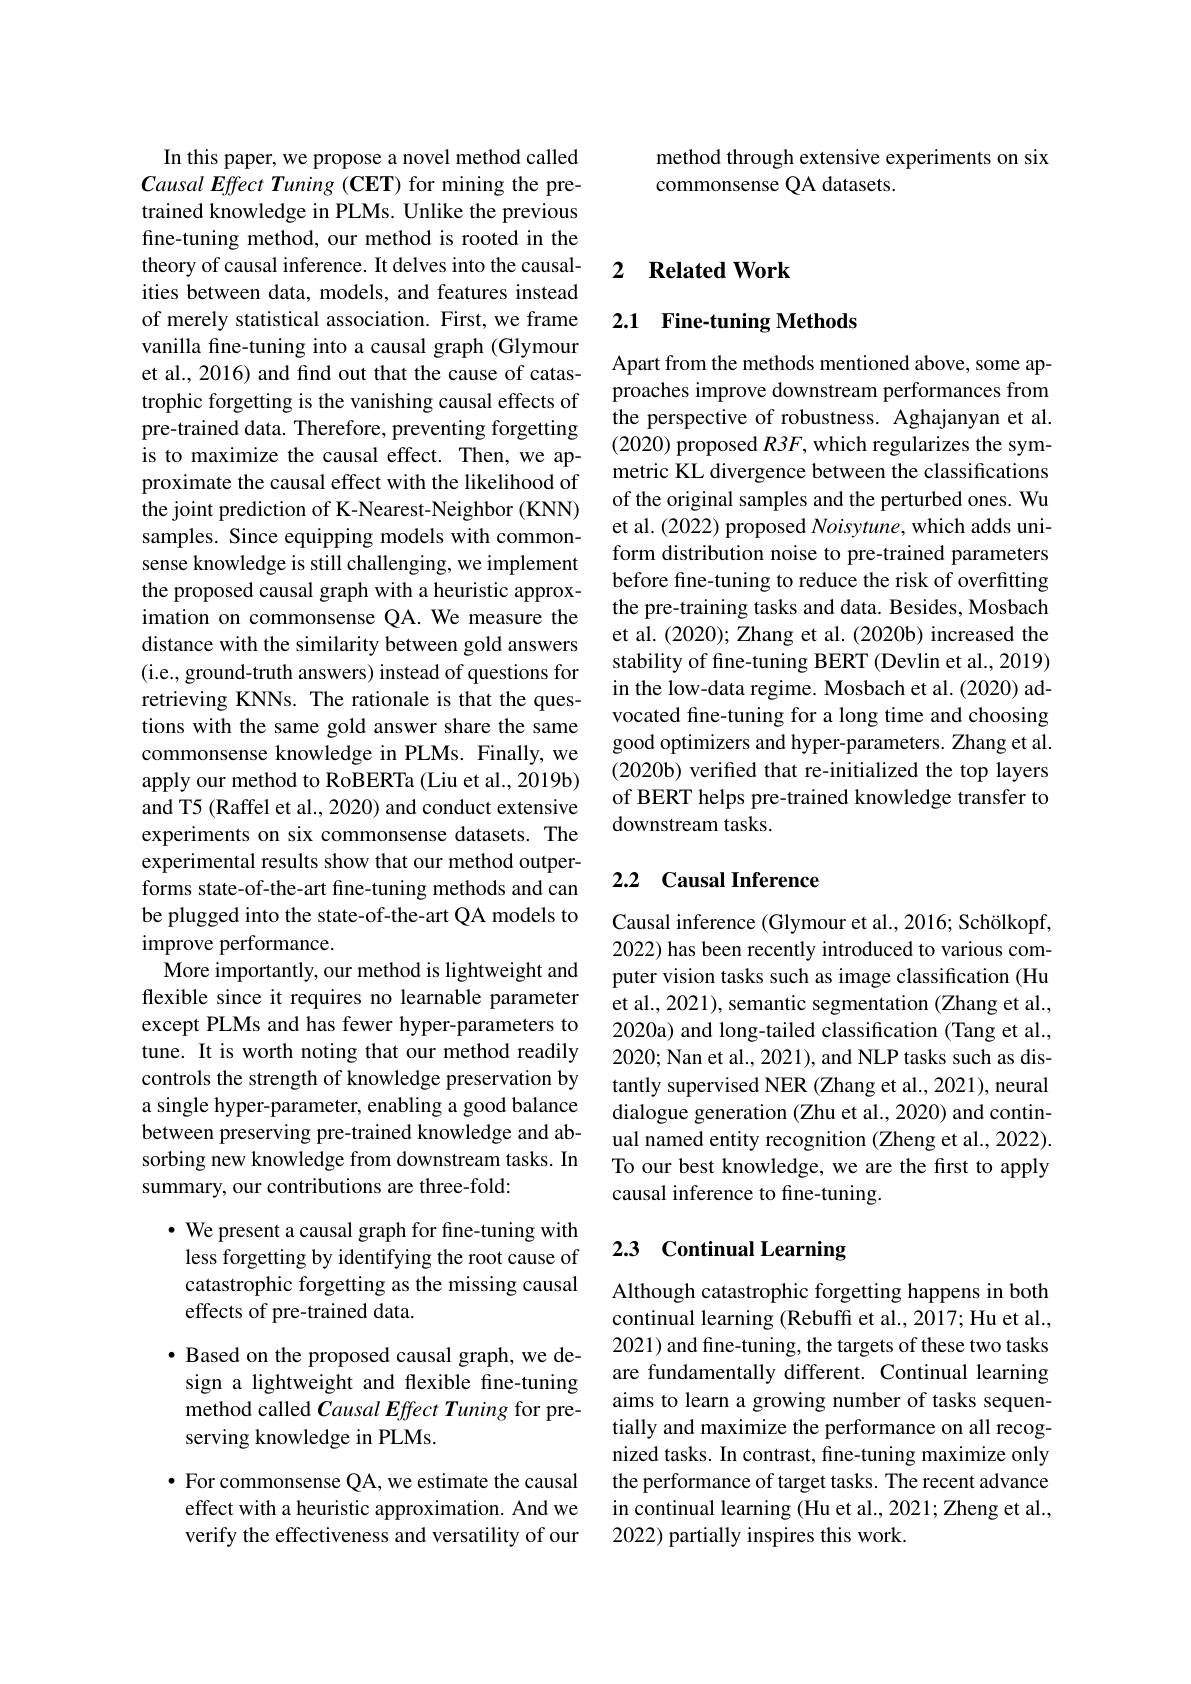
method through extensive experiments on six
commonsense QA datasets.

In this paper, we propose a novel method called $CausalEffectTuning(\mathbf{CET})$ for mining the pretrained knowledge in PLMs. Unlike the previous fine-tuning method, our method is rooted in the theory of causal inference. It delves into the causalities between data, models, and features instead of merely statistical association. First, we frame vanilla fine-tuning into a causal graph (Glymour et al., 2016) and find out that the cause of catastrophic forgetting is the vanishing causal effects of pre-trained data. Therefore, preventing forgetting is to maximize the causal effect. Then, we approximate the causal effect with the likelihood of the joint prediction of K-Nearest-Neighbor (KNN) samples. Since equipping models with commonsense knowledge is still challenging, we implement the proposed causal graph with a heuristic approximation on commonsense QA. We measure the distance with the similarity between gold answers (i.e., ground-truth answers) instead of questions for retrieving KNNs. The rationale is that the questions with the same gold answer share the same commonsense knowledge in PLMs. Finally, we apply our method to RoBERTa (Liu et al., 2019b) and T5 (Raffel et al., 2020) and conduct extensive experiments on six commonsense datasets. The experimental results show that our method outperforms state-of-the-art fine-tuning methods and can be plugged into the state-of-the-art QA models to improve performance.
More importantly, our method is lightweight and flexible since it requires no learnable parameter except PLMs and has fewer hyper-parameters to tune. It is worth noting that our method readily controls the strength of knowledge preservation by a single hyper-parameter, enabling a good balance between preserving pre-trained knowledge and absorbing new knowledge from downstream tasks. In summary, our contributions are three-fold:
$•$ We present a causal graph for fine-tuning with

less forgetting by identifying the root cause of catastrophic forgetting as the missing causal effects of pre-trained data.

· Based on the proposed causal graph, we design a lightweight and flexible fine-tuning method called Causal Effect Tuning for preserving knowledge in PLMs.

$\bullet$ For commonsense QA, we estimate the causal effect with a heuristic approximation. And we verify the effectiveness and versatility of our

### 2 $\textbf{Related Work}$

## 2.1 Fine-tuning Methods

Apart from the methods mentioned above, some approaches improve downstream performances from the perspective of robustness. Aghajanyan et al. (2020) proposed $R3F$, which regularizes the symmetric KL divergence between the classifications of the original samples and the perturbed ones. Wu et al. (2022) proposed Noisytune, which adds uniform distribution noise to pre-trained parameters before fine-tuning to reduce the risk of overfitting the pre-training tasks and data. Besides, Mosbach et al. (2020); Zhang et al. (2020b) increased the stability of fine-tuning BERT (Devlin et al., 2019) in the low-data regime. Mosbach et al. (2020) advocated fine-tuning for a long time and choosing good optimizers and hyper-parameters. Zhang et al. (2020b) verified that re-initialized the top layers of BERT helps pre-trained knowledge transfer to downstream tasks.

## 2.2 Causal Inference

Causal inference (Glymour et al., 2016; Schölkopf, 2022) has been recently introduced to various computer vision tasks such as image classification (Hu et al., 2021), semantic segmentation (Zhang et al., 2020a) and long-tailed classification (Tang et al., 2020; Nan et al., 2021), and NLP tasks such as distantly supervised NER (Zhang et al., 2021), neural dialogue generation (Zhu et al., 2020) and continual named entity recognition (Zheng et al., 2022). To our best knowledge, we are the first to apply causal inference to fine-tuning.

## 2.3 Continual Learning

Although catastrophic forgetting happens in both continual learning (Rebuff et al., 2017; Hu et al., 2021) and fine-tuning, the targets of these two tasks are fundamentally different. Continual learning aims to learn a growing number of tasks sequentially and maximize the performance on all recognized tasks. In contrast, fine-tuning maximize only the performance of target tasks. The recent advance in continual learning (Hu et al., 2021; Zheng et al., 2022) partially inspires this work.